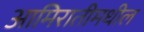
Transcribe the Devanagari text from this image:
आमिरातीमधील